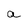
Character: a